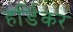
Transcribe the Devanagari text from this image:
हर्डिकर